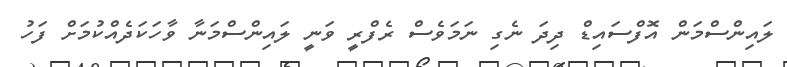
ލައިންސްމަން އޮފްސައިޑް ދިދަ ނެގި ނަމަވެސް ރެފްރީ ވަނީ ލައިންސްމަނާ ވާހަކަދެއްކުމަށް ފަހު